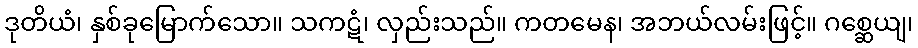
ဒုတိယံ၊ နှစ်ခုမြောက်သော။ သကဋံ၊ လှည်းသည်။ ကတမေန၊ အဘယ်လမ်းဖြင့်။ ဂစ္ဆေယျ၊